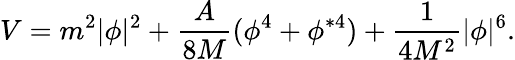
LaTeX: V=m^{2}|\phi|^{2}+\frac{A}{8M}(\phi^{4}+\phi^{*4})+\frac{1}{4M^{2}}|\phi|^{6}.